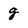
Character: g